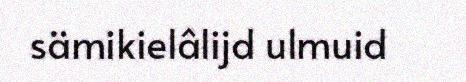
sämikielâlijd ulmuid